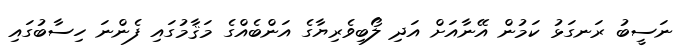
ނަސީބު ރަނގަޅު ކަމުން އޭނާއަށް އަދި ލޯބިވެރިޔާގެ އަންބެއްގެ މަޤާމުގައި ފެންނަ ހިސާބުގައި